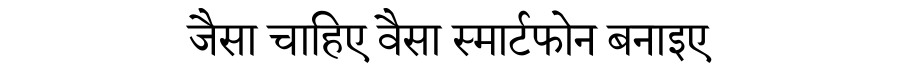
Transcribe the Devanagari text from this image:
जैसा चाहिए वैसा स्मार्टफोन बनाइए